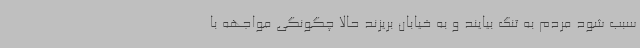
سبب شود مردم به تنگ بیایند و به خیابان بریزند حالا چگونگی مواجهه با